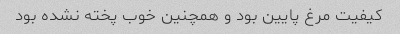
کیفیت مرغ پایین بود و همچنین خوب پخته نشده بود